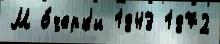
М о́черк'и 1843 1872